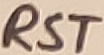
Text: RST